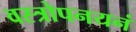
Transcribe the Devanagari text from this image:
वस्त्रोपनयनं